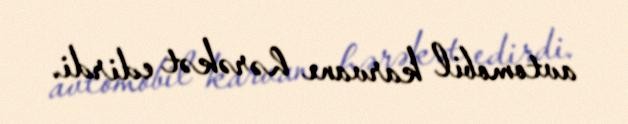
avtomobil karvanı hərəkət edirdi.